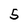
Character: 5